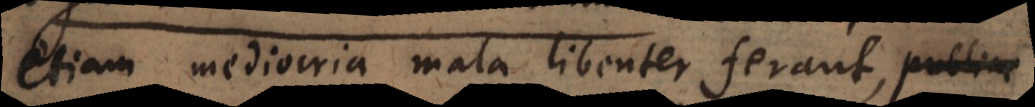
etiam mediocria mala libenter ferant, ne